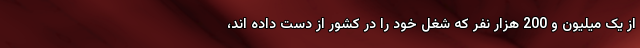
از یک میلیون و 200 هزار نفر که شغل خود را در کشور از دست داده اند،